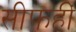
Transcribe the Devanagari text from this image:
सीफहीं